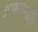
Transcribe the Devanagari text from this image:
पुच्छाकडील